Virumaa_algkoolid, lk 12
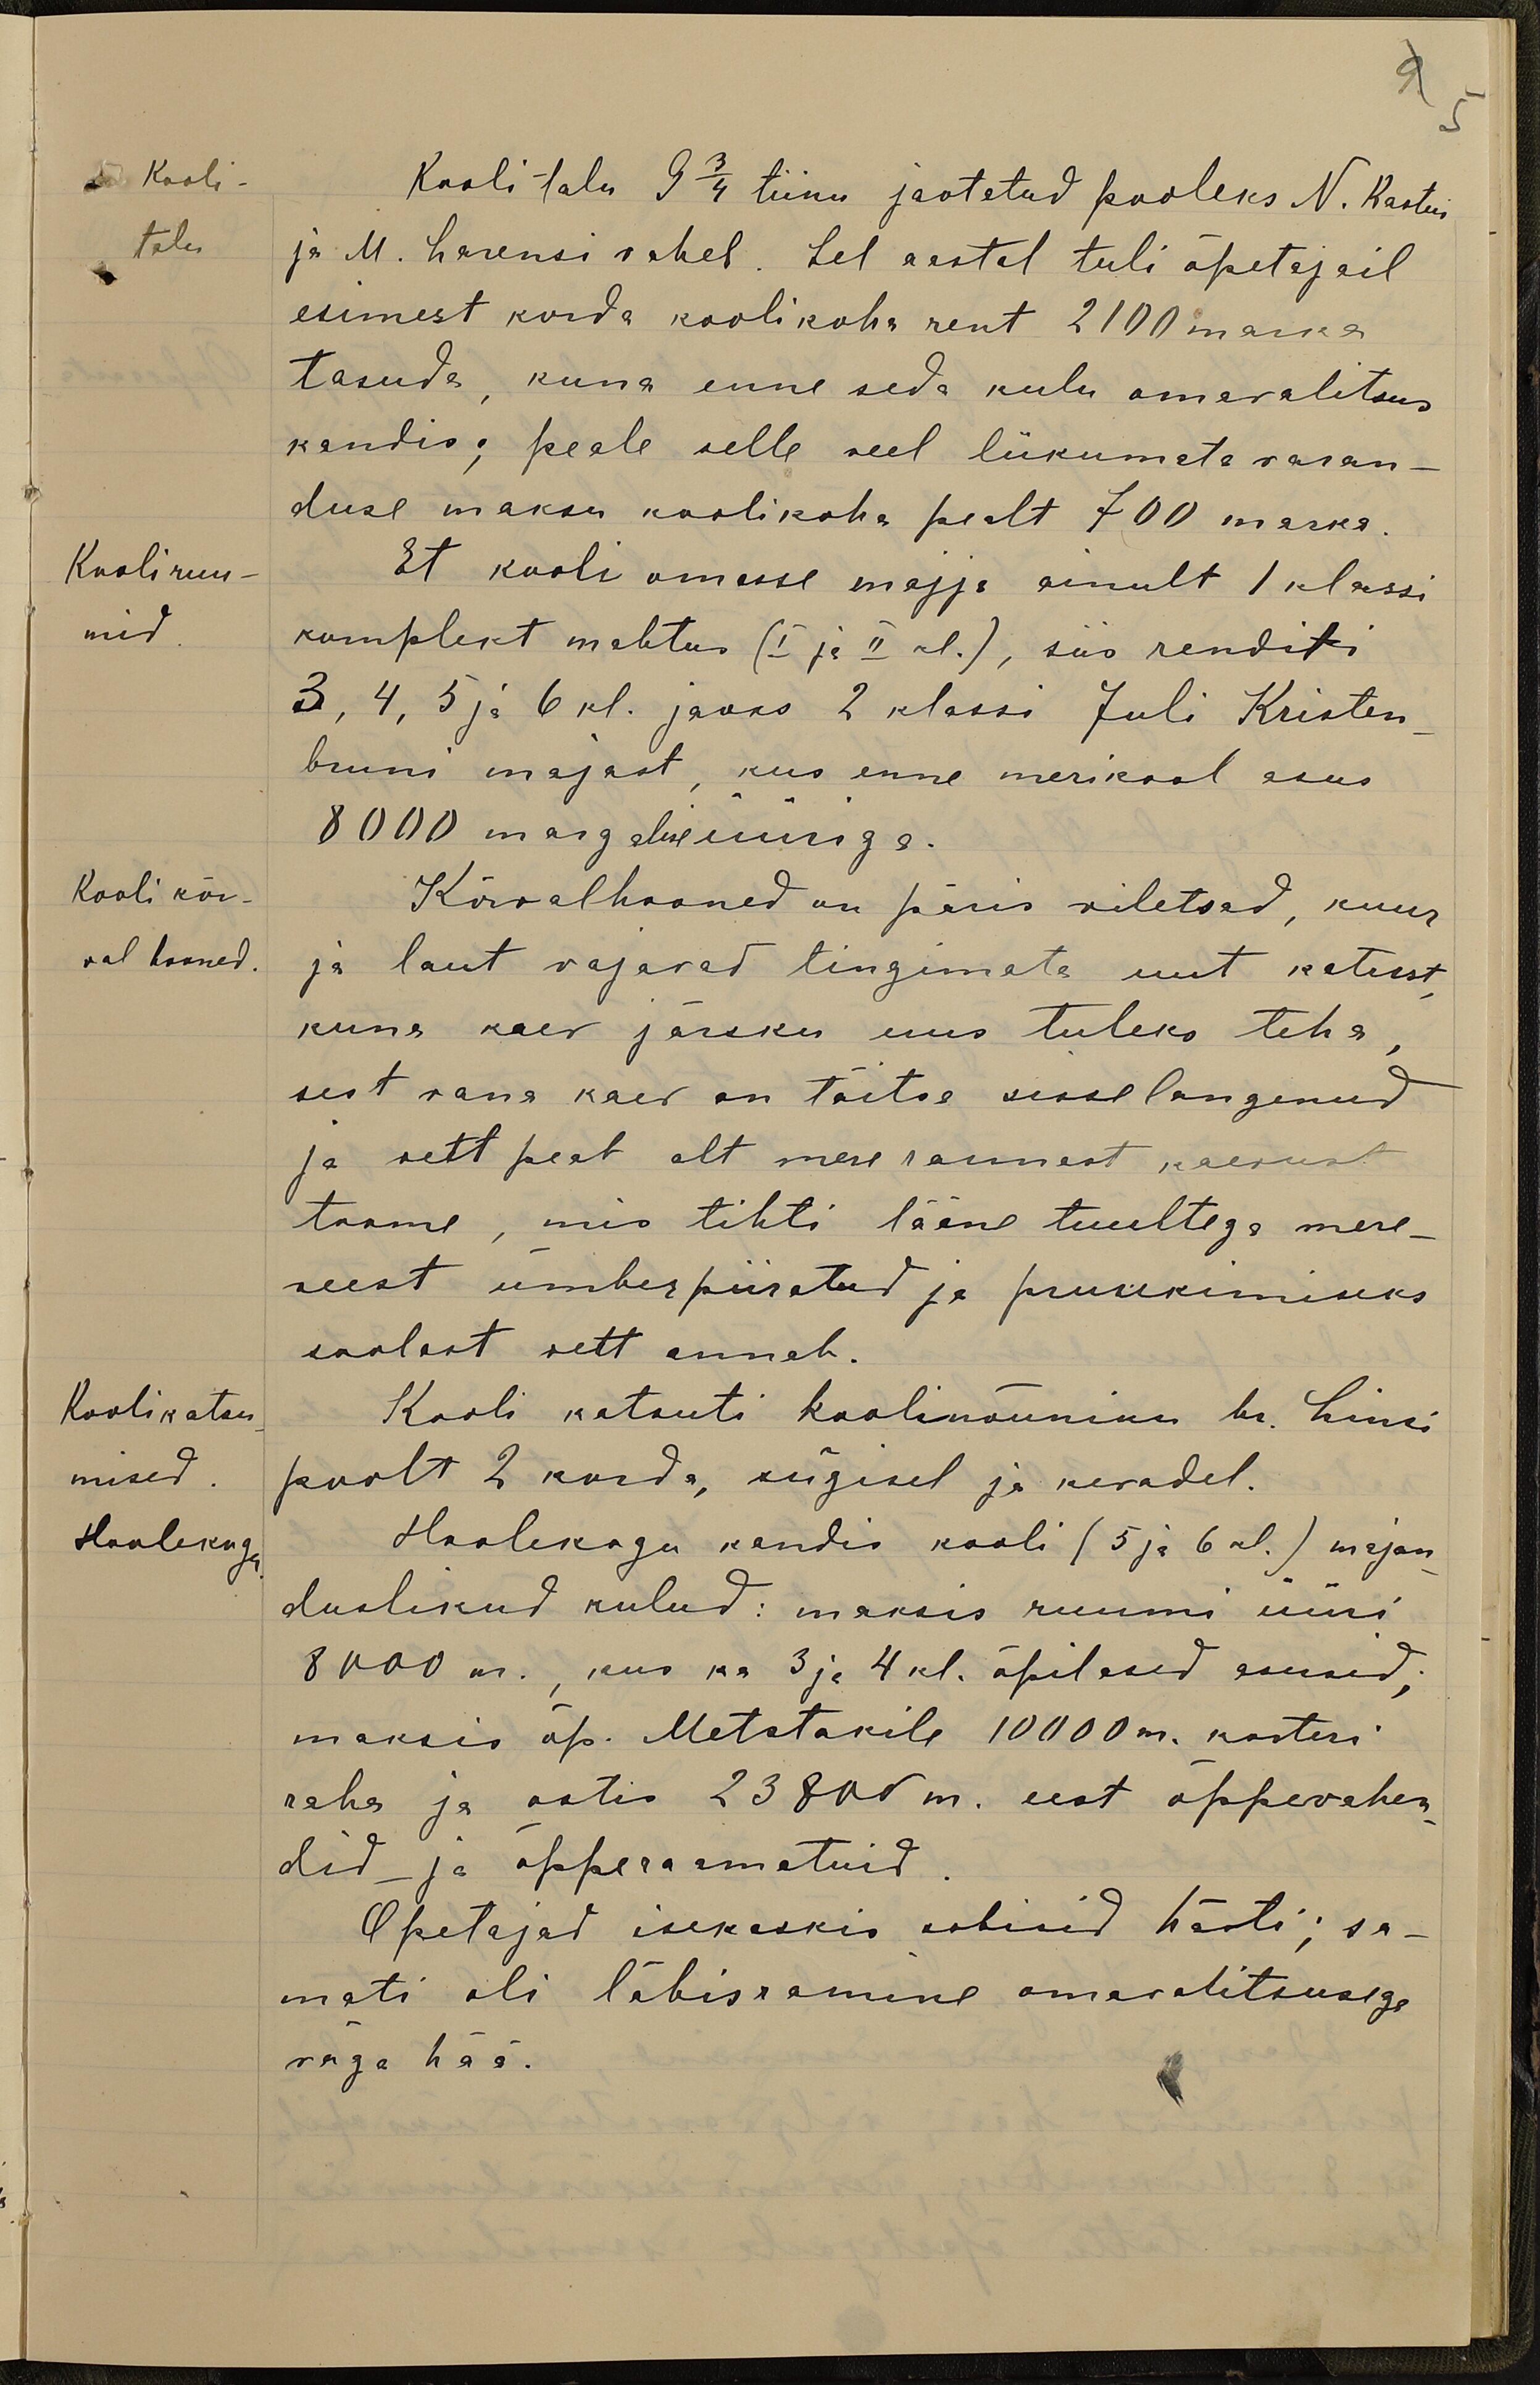
9 5
Kooli
Koolitalu 9 3/4 tiinu jaotetud pooleks N. Kastni
talu.
ja M. Larensi vahel. Sel aastal tuli õpetajail
esimest korda koolikoha rent 2100 marka
tasuda, kuna enne seda kulu omavalitsus
kandis; peale selle veel liikumata varan-
duse maksu koolikoha pealt 700 marka
Kooli ruu-
Et kooli omasse majja ainult 1 klassi
mid
komplekt mahtus (I ja II kl.), siis renditi
3, 4, 5 ja 6 kl. jaoks 2 klassi Juli Kristen-
bruni majast, kus enne merikool asus
8000 margalise üüriga.
Kooli kõr-
Kõrvalhooned on päris viletsad, kuur
val hooned.
ja laut vajavad tingimata uut katust
kuna kaev järsku uus tuleks teha,
sest vana kaev on täitsa sisse langenud.
ja vett peab alt mere rannast kaevust
toome, mis tihti lääne tuultega mere-
veest ümberpiiratud ja pruukimiseks
soolast vett annab.
Koolikatsu
Kooli katsuti koolinõuniku hr. Linsi
mised
poolt 2 korda, sügisel ja kevadel.
Hoolekogu
Hoolekogu kandis kooli (5 ja 6 kl.) majan
duslikud kulud: maksis ruumi üüri
8000 m., kus ka 3 ja 4 kl. õpilased asusid;
maksis õp. Metstakile 10000 m. korteri
raha ja ostis 23800 m. eest õppevahen-
did ja õpperaamatuid
Õpetajad isekeskis sobisid hästi; sa-
mati oli läbisaamine omavalitsusega
väga hää.